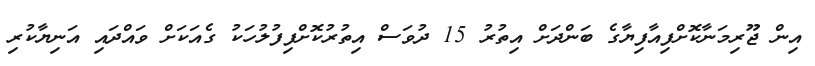
އިން ޖޫރިމަނާކޮށްފިއާފިޔާގެ ބަންދަށް އިތުރު 15 ދުވަސް އިތުރުކޮށްފިފުލުހަކު ގެއަކަށް ވައްދައި އަނިޔާކުރި